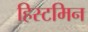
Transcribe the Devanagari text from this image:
हिस्टमिन